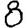
Digit: 8